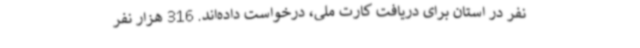
نفر در استان برای دریافت کارت ملی، درخواست داده‌اند. 316 هزار نفر